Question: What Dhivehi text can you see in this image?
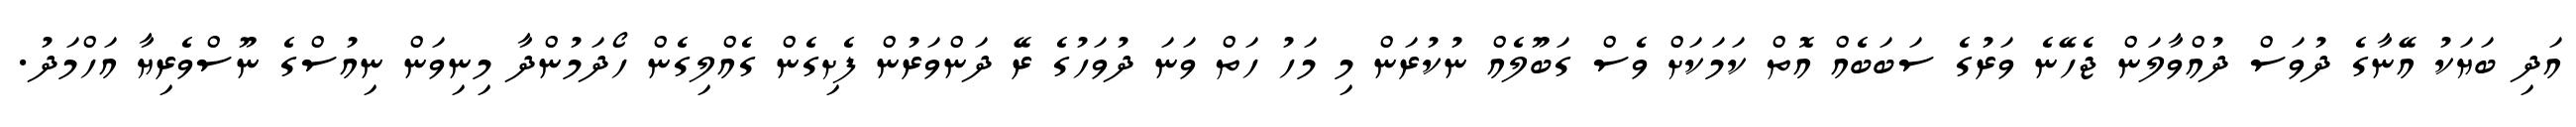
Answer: އަދި ބަޔަކު އޭނާގެ ދުވަސް ދުއްވާލަން ޖެހޭނެ ވަރުގެ ސަބަބެއް އޮތް ކަމަކަށް ވެސް ގަބޫލެއް ނުކުރަން މި މަހު ހަތް ވަނަ ދުވަހުގެ ރޭ ދަންވަރުން ފެށިގެން ގެއްލިގެން ހޯދަމުންދާ މިނިވަން ނިއުސްގެ ނޫސްވެރިޔާ އަހްމަދު.